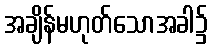
အချိန်မဟုတ်သောအခါ၌